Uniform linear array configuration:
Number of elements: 16
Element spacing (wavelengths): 0.25
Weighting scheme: hann
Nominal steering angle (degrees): -45
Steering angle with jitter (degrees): -45.265
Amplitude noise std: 0.05
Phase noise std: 0.05

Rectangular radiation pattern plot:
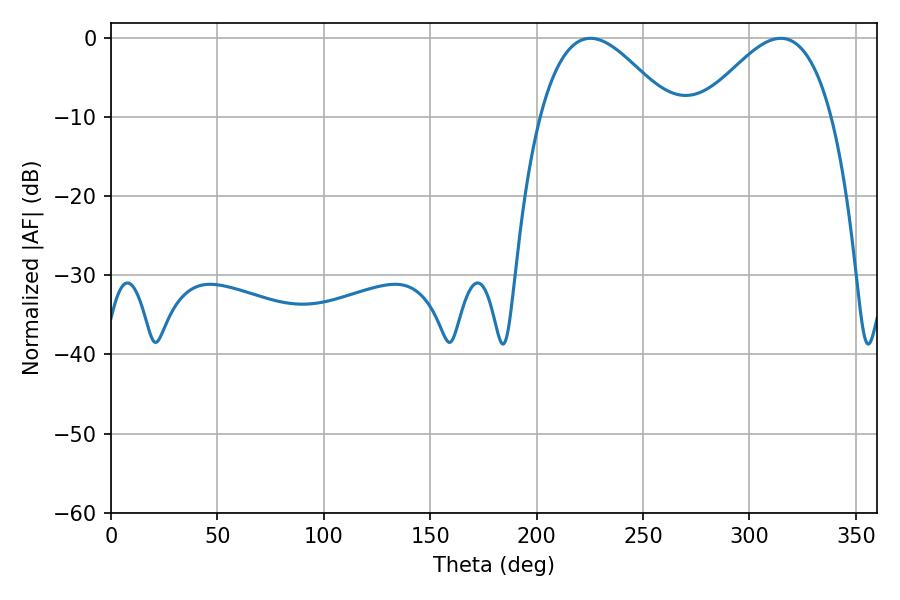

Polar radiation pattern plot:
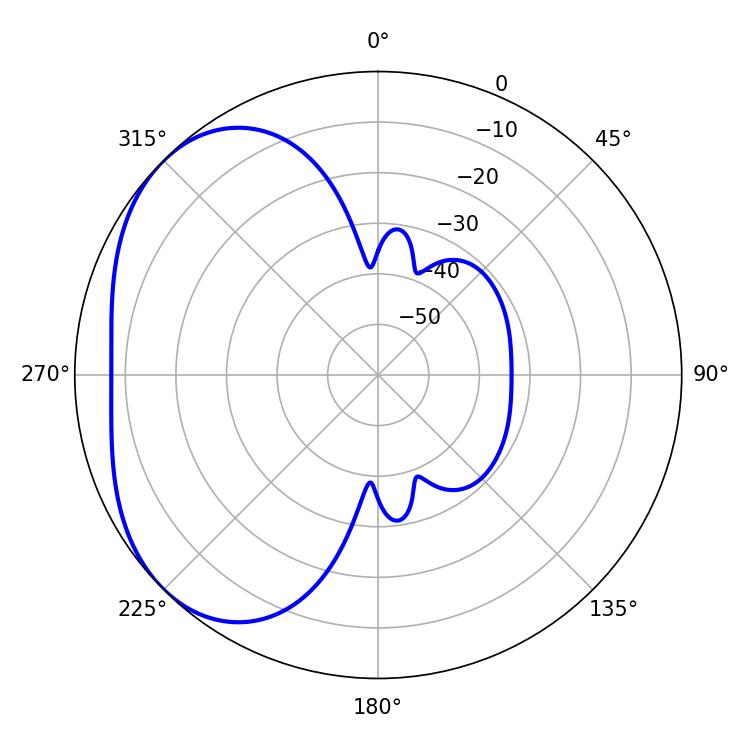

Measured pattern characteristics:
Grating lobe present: FALSE
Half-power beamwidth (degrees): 33.3
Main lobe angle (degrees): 225.36